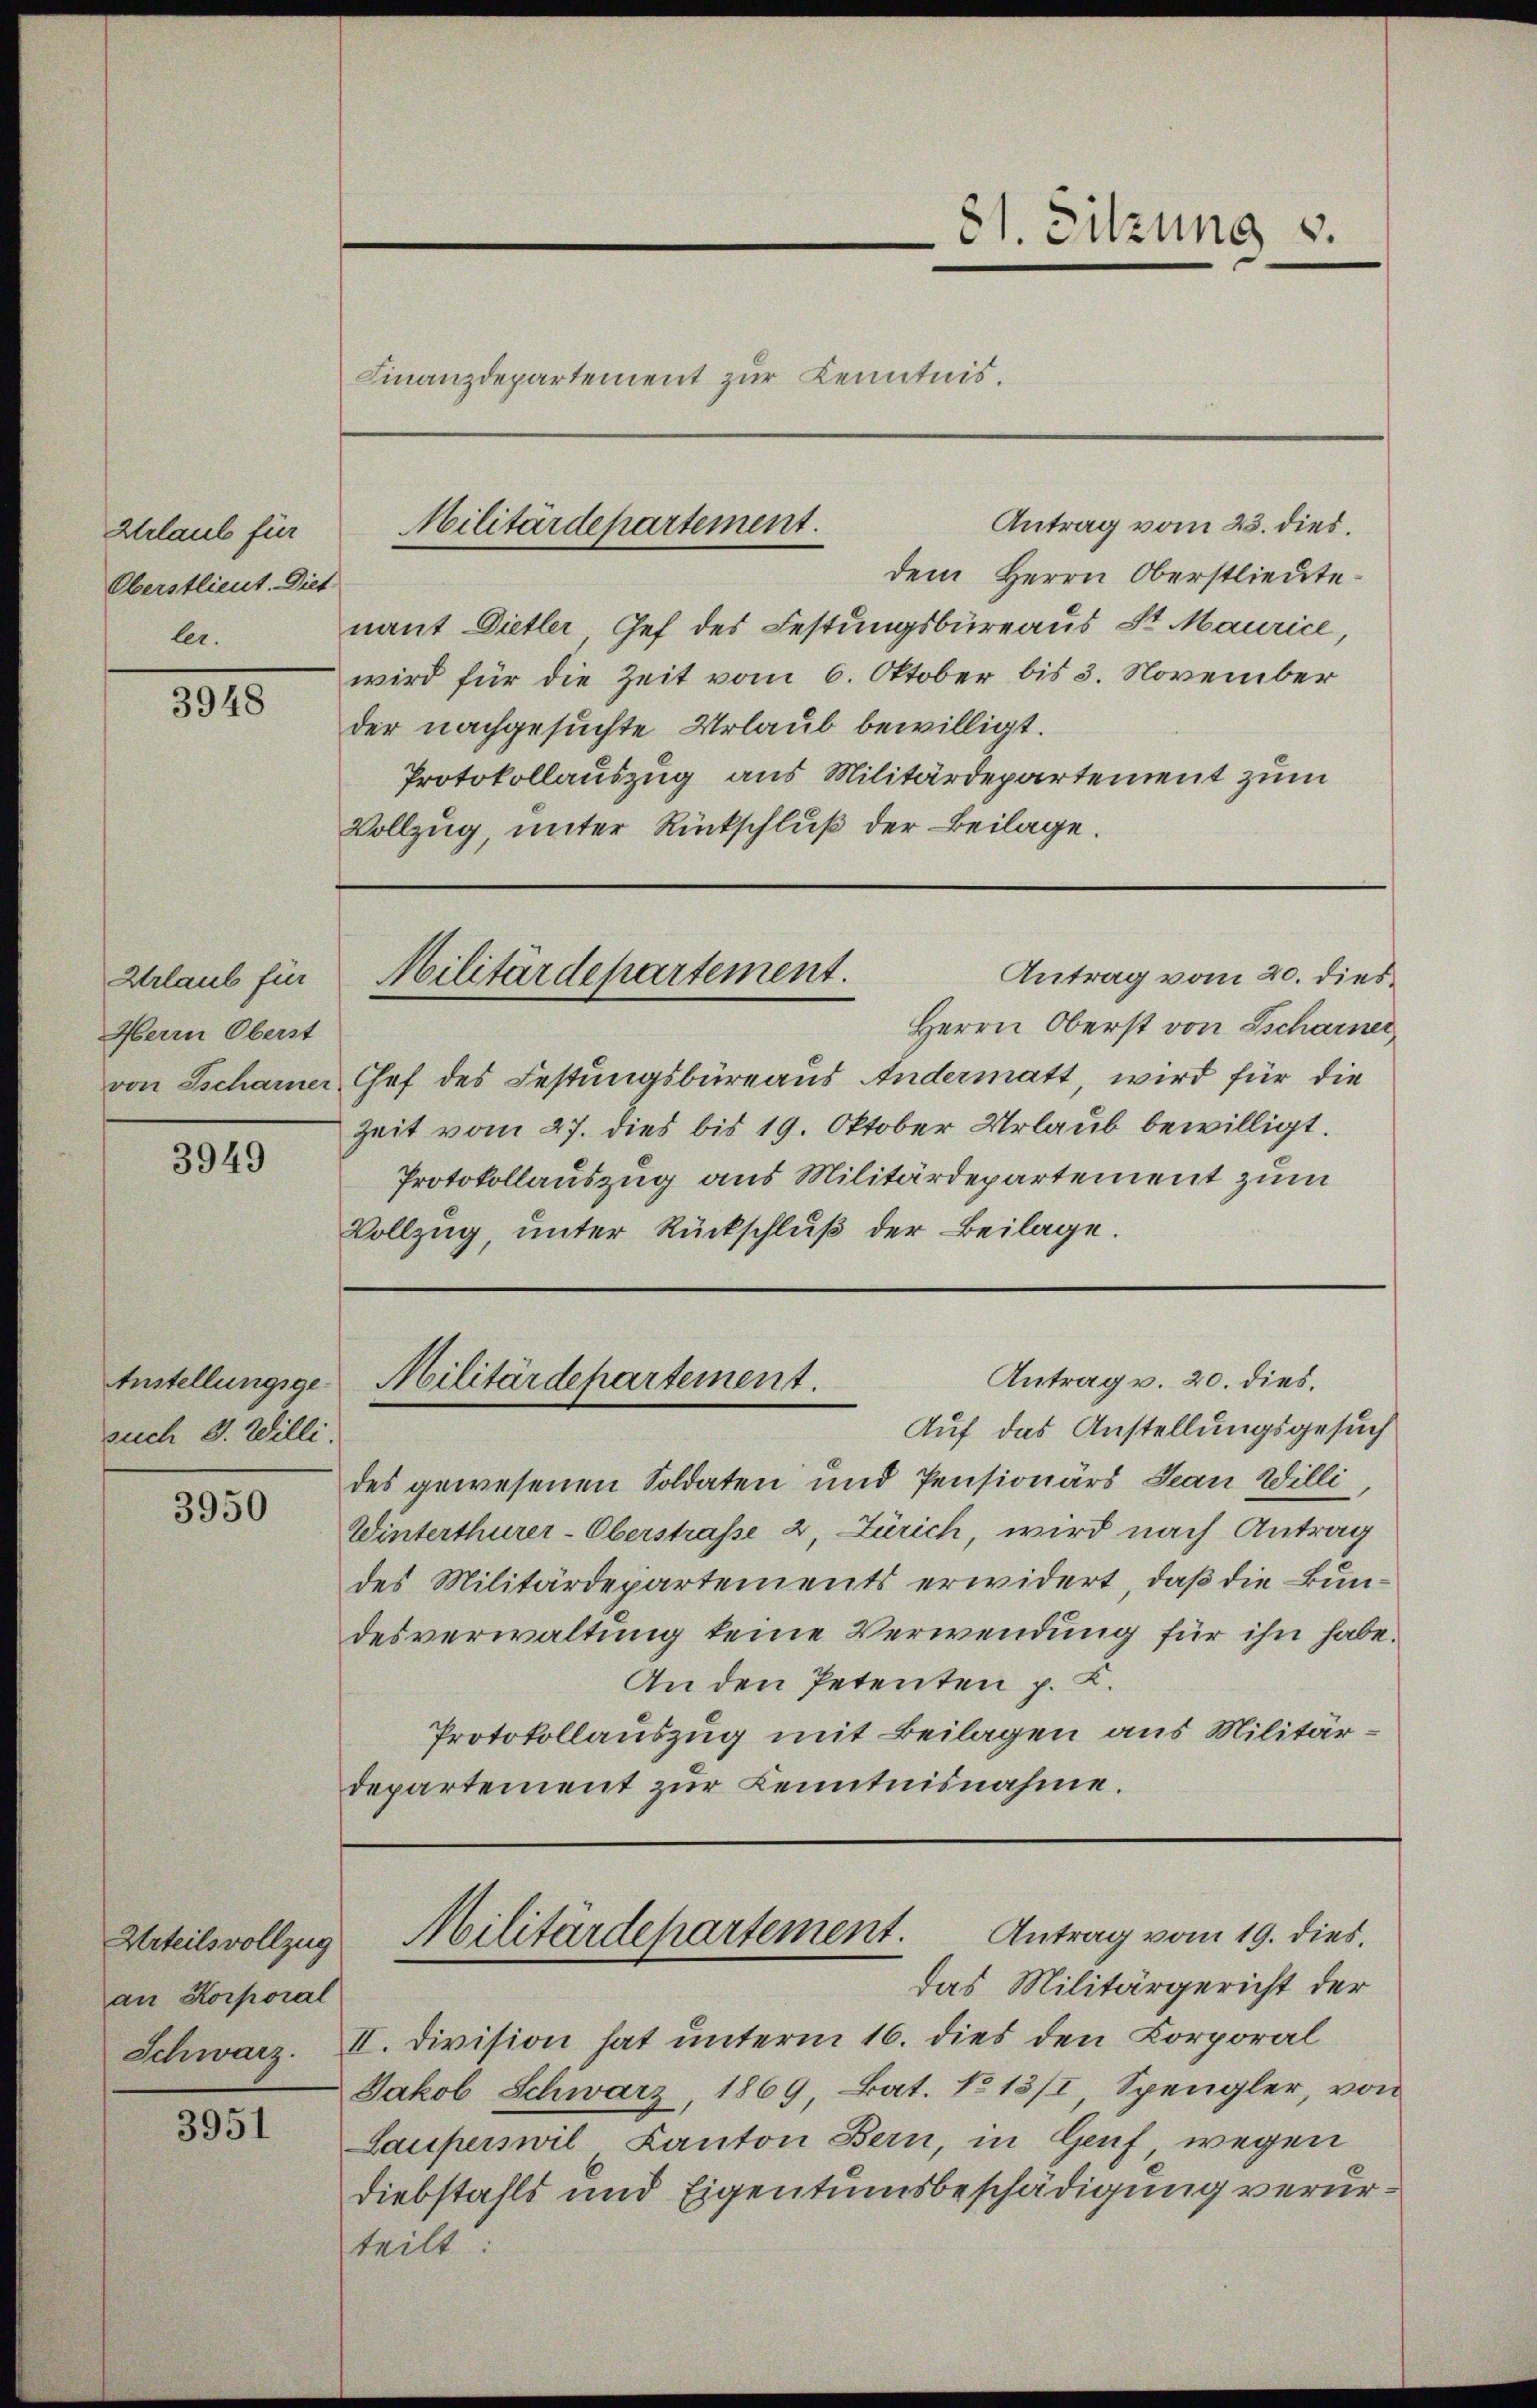
Urlaub für
Oberstlieut. Diet
ler.

3948

Urlaub für
Herrn Oberst

3949

such 3. Willi.

3950

Urteilsvollzug
an Korporal

3951

Finanzdepartement zur Kenntnis.

Antrag vom 23. dies.
dem Herrn Oberstlieute
nant Dietler, Gef des Festungsbüreaus St. Maurice,
wird für die Zeit vom 6. Oktober bis 3. November
der nachgesuchte Urlaub bewilligt.
Protokollauszug aus Militärdepartement zum
Vollzug, unter Rückschluß der Beilage.

Herrn Oberst von Tscharner
von Tscharner Chef des Festungsbüreaus Andermatt, wird für die
Zeit vom 27. dies bis 19. Oktober Urlaub bewilligt.
Protokollauszug aus Militärdepartement zum
Vollzug, unter Rückschlŭβ der Beilage.

Auf das Anstellungsgesuch
des gewesenen Soldaten und Pensionärs Jean Willi
Winterthurer-Oberstrasse 2, Zürich wird nach Antrag
des Militärdepartements erwidert, daß die Bundesverwaltung keine Verwendung für ihn habe.
An den Petenten p. K.
Protokollauszug mit Beilagen aus Militärdepartement zur Kenntnisnahme.

Militärdepartement.

31. Sitzung v.

Militärdepartement.
Antrag vom 20. dies

Antrag v. 20. dies.
Anstellungsge-Militärdepartement.

das Militärgericht der
Schwarz. II. Division hat unterm 16. dies den Corporal
Jakob Schwarz, 1869, Bat. No 13/I, Spengler, von
Lauperswil Kanton Bern, in Genf wegen
Diebstahls und Eigentumsbeschädigung verurteilt

Militärdepartement. Antrag vom 19. dies